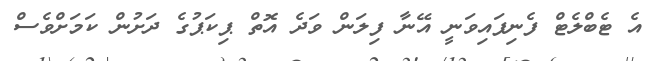
އެ ޓެބްލެޓް ފެނިފައިވަނީ އޭނާ ފިލަން ވަދެ އޮތް ޕިކަޕުގެ ދަށުން ކަމަށްވެސް